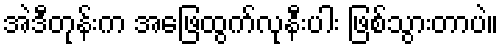
အဲဒီတုန်းက အဖြေထွက်လုနီးပါး ဖြစ်သွားတာပဲ။